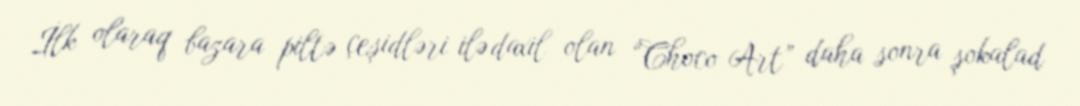
İlk olaraq bazara piltə çeşidləri ilə daxil olan “Choco Art” daha sonra şokalad